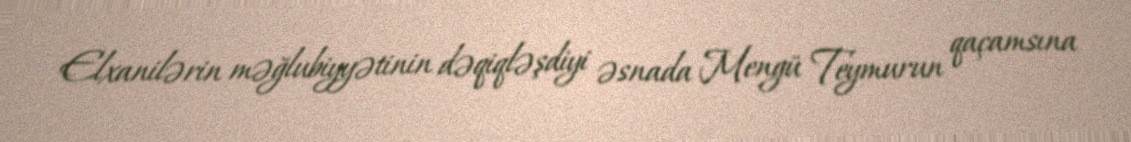
Elxanilərin məğlubiyyətinin dəqiqləşdiyi əsnada Mengü Teymurun qaçamsına